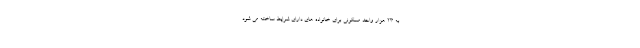
به ۲۳ هزار واحد مسکونی برای خانواده های دارای شرایط ساخته می شود.